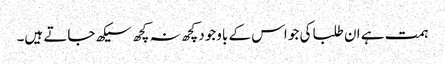
ہمت ہے ان طلبا کی جو اس کے باوجود کچھ نہ کچھ سیکھ جاتے ہیں۔